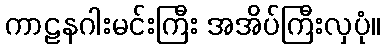
ကာဠနဂါးမင်းကြီး အအိပ်ကြီးလှပုံ။